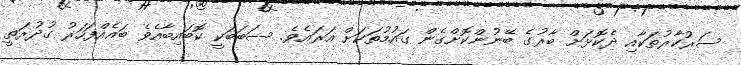
ސަރުކާރުތަކާއި ދެކޮޅަށް ބާރުގެ ބޭނުންކޮށްގެން ގައުމުތަކަށް އަރައެވެ. ސަބަބަކީ ކޮބައިބާއެވެ ބައެއްފަހަރު ގުދުރަތީ